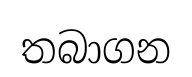
තබාගන